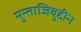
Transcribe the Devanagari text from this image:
मुन्ताजिबुद्दीन